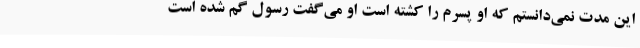
این مدت نمی‌دانستم که او پسرم را کشته است او می‌گفت رسول گم شده است